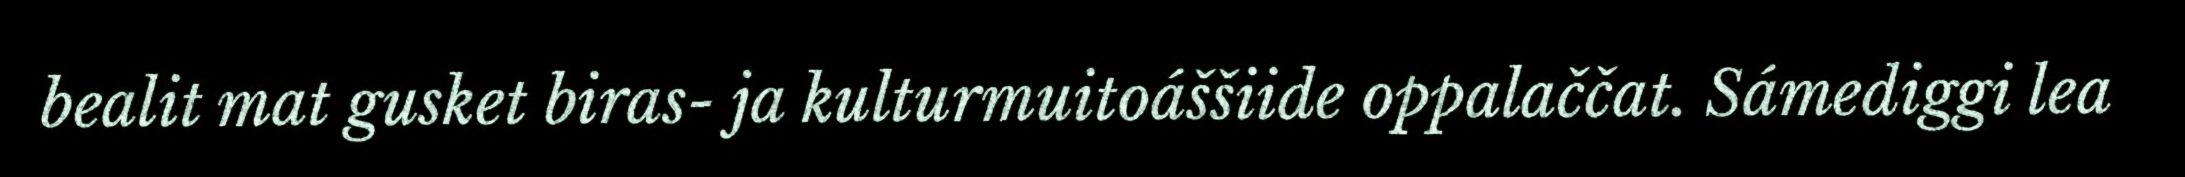
bealit mat gusket biras- ja kulturmuitoáššiide oppalaččat. Sámediggi lea